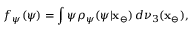
f _ { \psi } ( \psi ) = \int \psi \rho _ { \psi } ( \psi | \mathbf { x } _ { \ominus } ) \, d \nu _ { 3 } ( \mathbf { x } _ { \ominus } ) ,